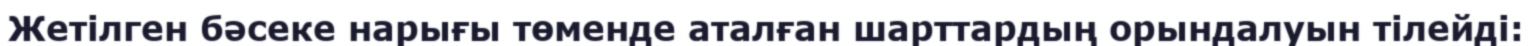
Жетілген бәсеке нарығы төменде аталған шарттардың орындалуын тілейді: